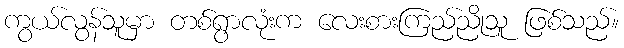
ကွယ်လွန်သူမှာ တစ်ရွာလုံးက လေးစားကြည်ညိုသူ ဖြစ်သည်။